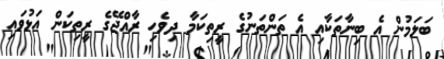
ބަލަމުން އެ ބިނާތަކާއި އެ ތަންތަނުގެ ރީތިކަމާ ދިވެހި ރާއްޖޭގެ ރީތިކަން އަޅުވައި